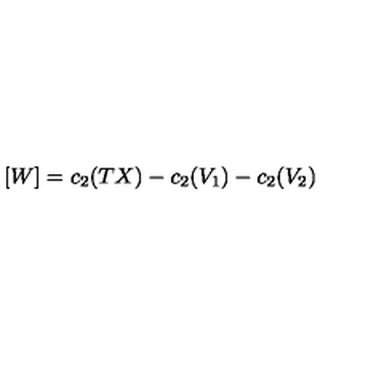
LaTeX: [ W ] = c _ { 2 } ( T X ) - c _ { 2 } ( V _ { 1 } ) - c _ { 2 } ( V _ { 2 } )